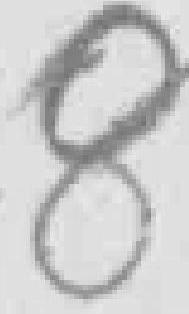
8